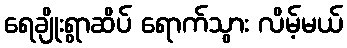
ရေချိုးရွာဆိပ် ရောက်သွား လိမ့်မယ်